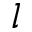
l